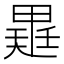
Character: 𭻡